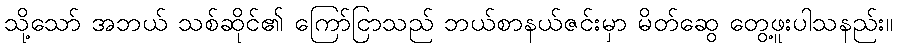
သို့သော် အဘယ် သစ်ဆိုင်၏ ကြော်ငြာသည် ဘယ်စာနယ်ဇင်းမှာ မိတ်ဆွေ တွေ့ဖူးပါသနည်း။